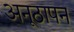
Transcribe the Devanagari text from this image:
अनूठापन